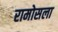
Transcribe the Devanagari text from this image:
रामोसला